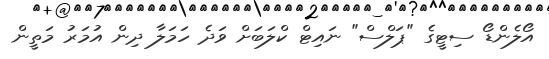
އޯލެންޑޯ ސިޓީގެ "ޕަލްސް" ނައިޓް ކްލަބަށް ވަދެ ހަމަލާ ދިން އުމަރު މަތީން